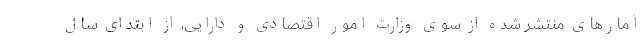
آمارهای منتشر شده از سوی وزارت امور اقتصادی و دارایی، از ابتدای سال